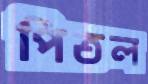
পিতল